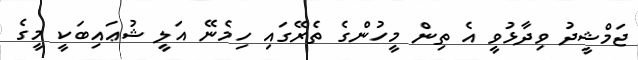
ޖަމްޝީދު ވިދާޅުވީ އެ ތިން މީހުންގެ ތެރޭގައި ހިމެނޭ އަލީ ޝުޢައިބަކީ މީގެ